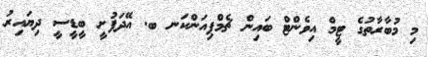
މި މުބާރާތުގެ ޓީމް އިވެންޓް ބައިން ޗެމްޕިއަންކަނ ބ. އޭދަފުށީ ބީޑީސީ ދިޔައިރު